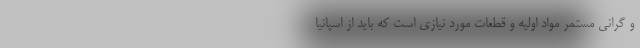
و گرانی مستمر مواد اولیه و قطعات مورد نیازی است که باید از اسپانیا